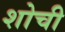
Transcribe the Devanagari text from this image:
शोची